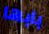
بابها